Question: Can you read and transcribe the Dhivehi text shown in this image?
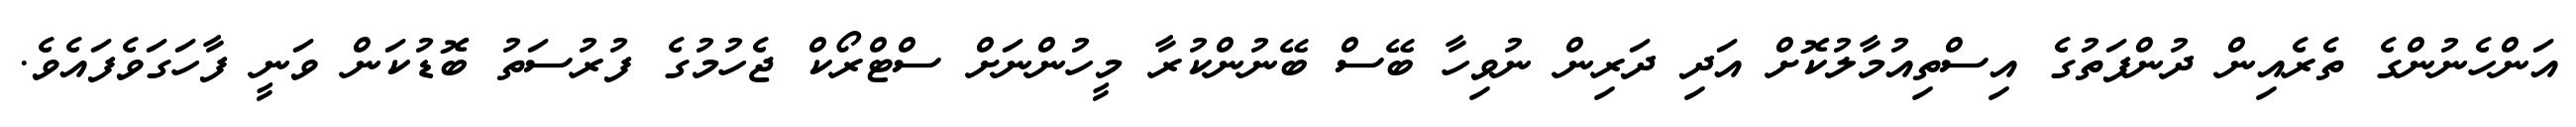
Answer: އަންހެނުންގެ ތެރެއިން ދުންފަތުގެ އިސްތިއުމާލުކޮށް އަދި ދަރިން ނުވިހާ ބޭސް ބޭނުންކުރާ މީހުންނަށް ސްޓްރޯކް ޖެހުމުގެ ފުރުސަތު ބޮޑުކަން ވަނީ ފާހަގަވެފައެވެ.